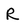
Character: R